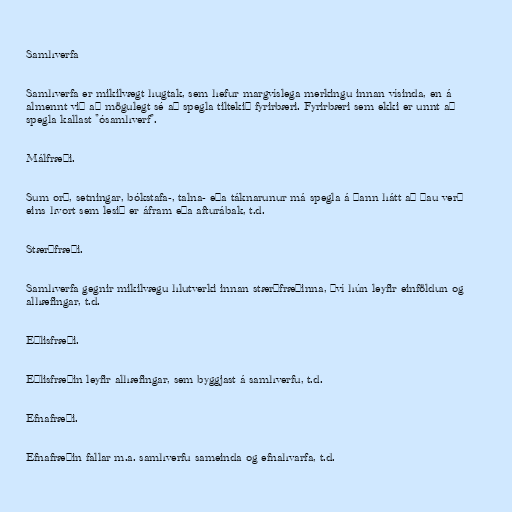
Samhverfa

Samhverfa er mikilvægt hugtak, sem hefur margvíslega merkingu innan vísinda, en á
almennt við að mögulegt sé að spegla tiltekið fyrirbæri. Fyrirbæri sem ekki er unnt að
spegla kallast "ósamhverf".

Málfræði.

Sum orð, setningar, bókstafa-, talna- eða táknarunur má spegla á þann hátt að þau verð
eins hvort sem lesið er áfram eða afturábak, t.d.

Stærðfræði.

Samhverfa gegnir mikilvægu hlutverki innan stærðfræðinna, því hún leyfir einföldun og
alhæfingar, t.d.

Eðlisfræði.

Eðlisfræðin leyfir alhæfingar, sem byggjast á samhverfu, t.d.

Efnafræði.

Efnafræðin fallar m.a. samhverfu sameinda og efnahvarfa, t.d.